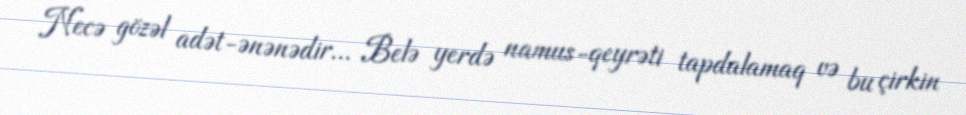
Necə gözəl adət-ənənədir... Belə yerdə namus-qeyrəti tapdalamaq və bu çirkin